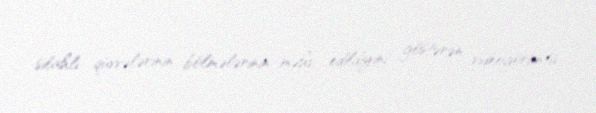
silahlı qüvvələrinin bölmələrinin məhv edildiyini göstərən videogörüntü